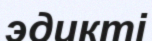
эдикті